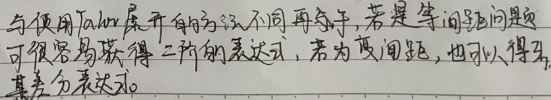
与使用 Taylor 展开的方法不同，再求导。若是等间距问题，应可很容易获得二阶的表达式；若为变间距，也可以得到其差分表达式。